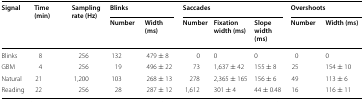
<table><thead><tr><td rowspan="2"><b>Signal</b></td><td rowspan="2"><b>Time (min)</b></td><td rowspan="2"><b>Sampling rate (Hz)</b></td><td colspan="2"><b>Blinks</b></td><td colspan="3"><b>Saccades</b></td><td colspan="2"><b>Overshoots</b></td></tr><tr><td><b>Number</b></td><td><b>Width (ms)</b></td><td><b>Number</b></td><td><b>Fixation width (ms)</b></td><td><b>Slope width (ms)</b></td><td><b>Number</b></td><td><b>Width (ms)</b></td></tr></thead><tbody><tr><td>Blinks</td><td>8</td><td>256</td><td>132</td><td>479 ± 8</td><td>0</td><td>0</td><td>0</td><td>0</td><td>0</td></tr><tr><td>GBM</td><td>4</td><td>256</td><td>19</td><td>496 ± 22</td><td>73</td><td>1,637 ± 42</td><td>155 ± 8</td><td>25</td><td>154 ± 10</td></tr><tr><td>Natural</td><td>21</td><td>1,200</td><td>103</td><td>268 ± 13</td><td>278</td><td>2,365 ± 165</td><td>156 ± 6</td><td>49</td><td>113 ± 6</td></tr><tr><td>Reading</td><td>22</td><td>256</td><td>28</td><td>287 ± 12</td><td>1,612</td><td>301 ± 4</td><td>44 ± 0.48</td><td>16</td><td>116 ± 11</td></tr></tbody></table>